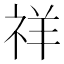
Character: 祥